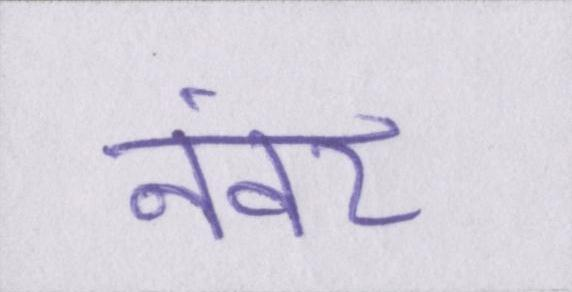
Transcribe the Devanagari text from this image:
नंवर